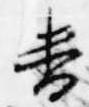
番